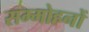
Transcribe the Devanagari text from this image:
सम्मोहनों